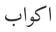
اكواب